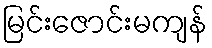
မြင်းဇောင်းမကျန်